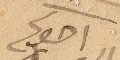
اخوكم